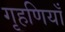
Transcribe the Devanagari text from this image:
गृहणियाँ